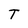
Character: T